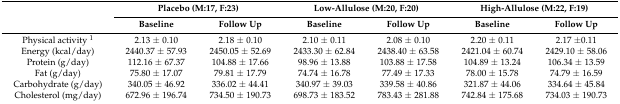
<table><thead><tr><td rowspan="2"></td><td colspan="2"><b>Placebo (M:17, F:23)</b></td><td colspan="2"><b>Low-Allulose (M:20, F:20)</b></td><td colspan="2"><b>High-Allulose (M:22, F:19)</b></td></tr><tr><td><b>Baseline</b></td><td><b>Follow Up</b></td><td><b>Baseline</b></td><td><b>Follow Up</b></td><td><b>Baseline</b></td><td><b>Follow Up</b></td></tr></thead><tbody><tr><td>Physical activity <sup>1</sup></td><td>2.13 ± 0.10</td><td>2.18 ± 0.10</td><td>2.10 ± 0.11</td><td>2.08 ± 0.10</td><td>2.20 ± 0.11</td><td>2.17 ±0.11</td></tr><tr><td>Energy (kcal/day)</td><td>2440.37 ± 57.93</td><td>2450.05 ± 52.69</td><td>2433.30 ± 62.84</td><td>2438.40 ± 63.58</td><td>2421.04 ± 60.74</td><td>2429.10 ± 58.06</td></tr><tr><td>Protein (g/day)</td><td>112.16 ± 67.37</td><td>104.88 ± 17.66</td><td>98.96 ± 13.88</td><td>103.88 ± 17.58</td><td>104.89 ± 13.24</td><td>106.34 ± 13.59</td></tr><tr><td>Fat (g/day)</td><td>75.80 ± 17.07</td><td>79.81 ± 17.79</td><td>74.74 ± 16.78</td><td>77.49 ± 17.33</td><td>78.00 ± 15.78</td><td>74.79 ± 16.59</td></tr><tr><td>Carbohydrate (g/day)</td><td>340.05 ± 46.92</td><td>336.02 ± 44.41</td><td>340.97 ± 39.03</td><td>339.58 ± 40.86</td><td>321.87 ± 44.06</td><td>334.64 ± 45.84</td></tr><tr><td>Cholesterol (mg/day)</td><td>672.96 ± 196.74</td><td>734.50 ± 190.73</td><td>698.73 ± 183.52</td><td>783.43 ± 281.88</td><td>742.84 ± 175.68</td><td>734.03 ± 190.73</td></tr></tbody></table>